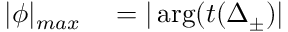
\begin{array} { r l } { | \phi | _ { m a x } } & { { } = | \arg ( t ( \Delta _ { \pm } ) | } \end{array}